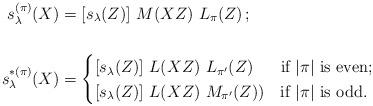
LaTeX: \begin{align*} s^{(\pi)}_\lambda(X) &= [s_\lambda(Z)]\ M(XZ)\ L_\pi(Z) \,; \\ \cr s^{*(\pi)}_\lambda(X) &= \begin{cases} [s_\lambda(Z)]\ L(XZ)\ L_{\pi'}(Z)&\mbox{if $|\pi|$ is even};\cr [s_\lambda(Z)]\ L(XZ)\ M_{\pi'}(Z))&\mbox{if $|\pi|$ is odd}.\cr\end{cases}\end{align*}